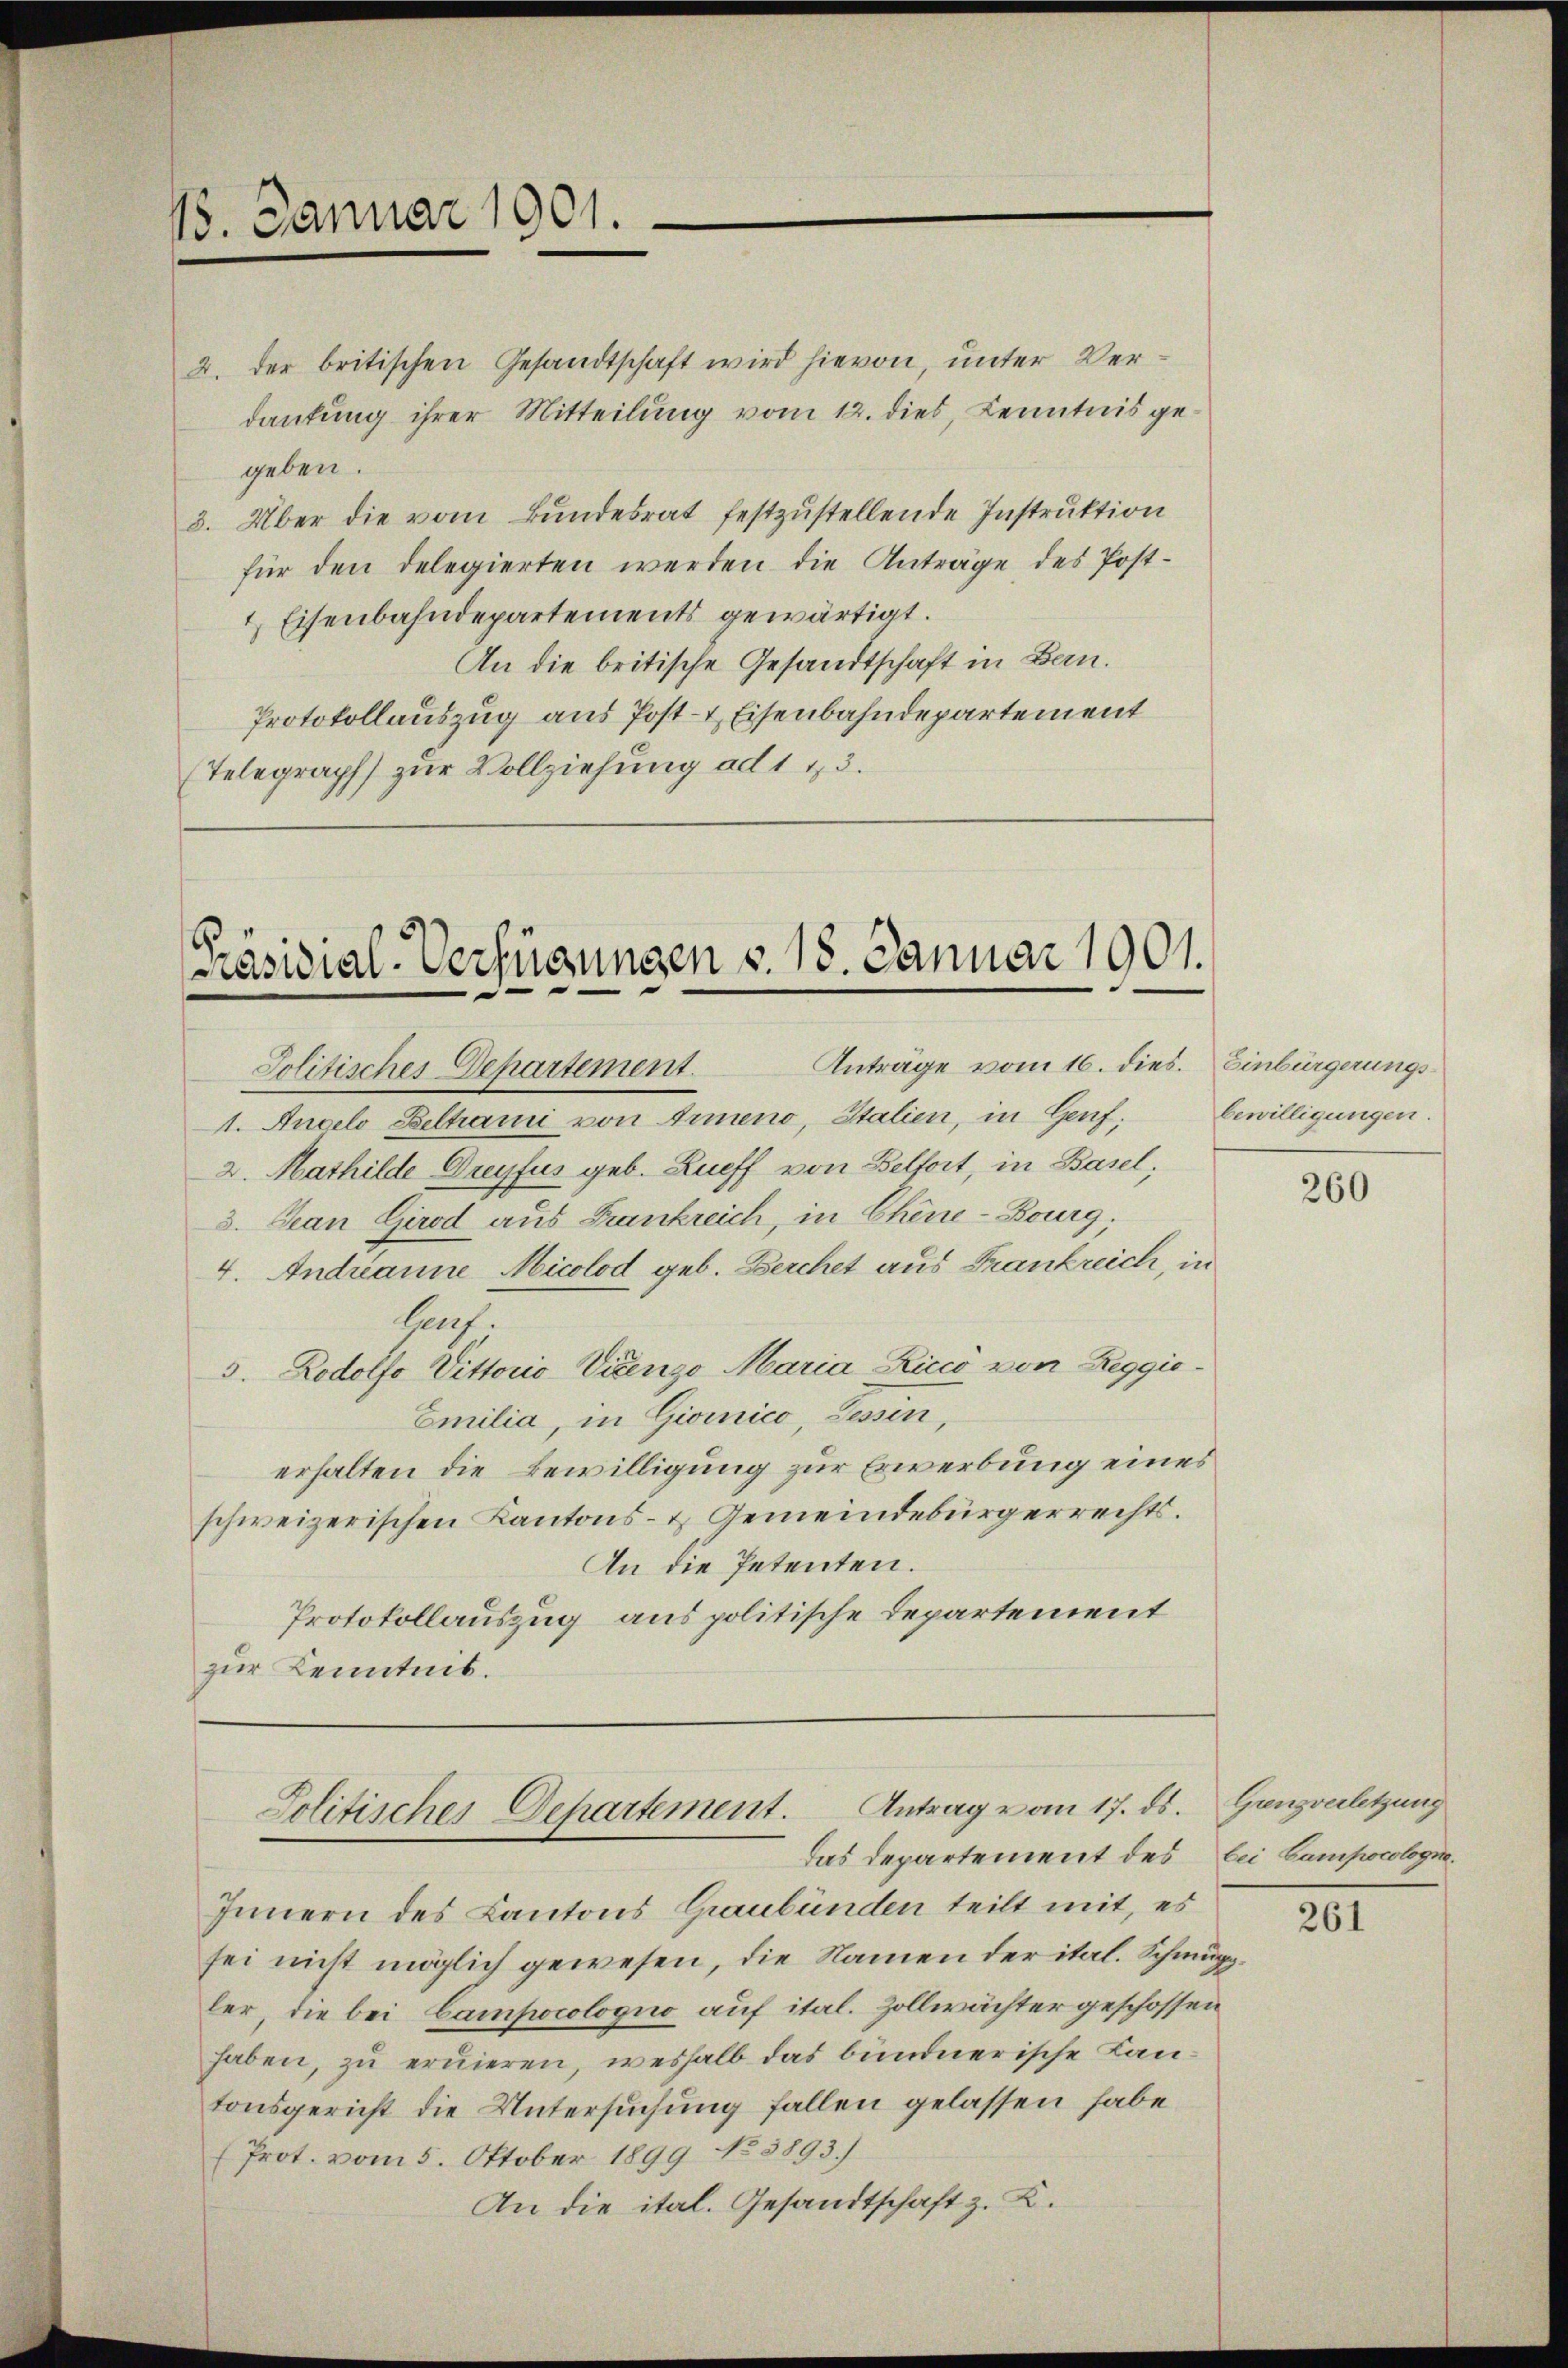
18. Januar 1901.

2. der britischen Gesandtschaft wird hievon, unter Verdautung ihrer Mitteilung vom 12. dies, Kenntnis gegeben.
3. Über die vom Bundesrat festzustellende Instruktion
für den delegierten werden die Anträge des Post¬
 Eisenbahndepartements gewärtigt.
An die britische Gesandtschaft in Bern.
Protokollauszug aus Post- & Eisenbahndepartement
(Telegraph zur Vollziehung ad 113.

Präsidial-Verfügungen v. 18. Januar 1901.
Anträge vom 16. dies. Einbürgerungs¬
Jolitisches Departement.

1. Angelo Beltrami von Armeno, Italien, in Genf,
2. Mathilde Dreyfus geb. Zueff von Belfort, in Basel;
3. Jean Girod aus Frankreich, in Chine-Bourg;
4. Andrianne Nicolod geb. Berchet aus Frankreich, in
lauf.
3. Rodolfo Vittorio Vicenzo Maria Licco von Reggio¬
Emilia, in Giomico, Tessin,
erhalten die Bewilligung zur Erwerbung eines
schweizerischen Kantons- & Gemeindebürgerrechts.
An die Petenten.
Protokollauszug aus politische Departement
zur Kenntnis.

Politisches Departement. Antrag vom 17. ds.
Das Departement des bei Campocologie.

bewilligungen.

Innern des Kantons Graubünden teilt mit, es
sei nicht möglich gewesen, die Namen der ital. Schmugg
ler, die bei Campocologno auf ital. Zollwächter geschossen
haben, zu eruieren, weshalb das bündnerische Lantonsgericht die Untersuchung fallen gelassen habe
(Prot. vom 5. Oktober 1899 No 3893.)
An die ital. Gesandtschaft z. K.

260

Grenzverletzung

261